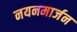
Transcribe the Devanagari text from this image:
नयनमार्जन